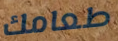
طعامك